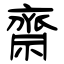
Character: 齋